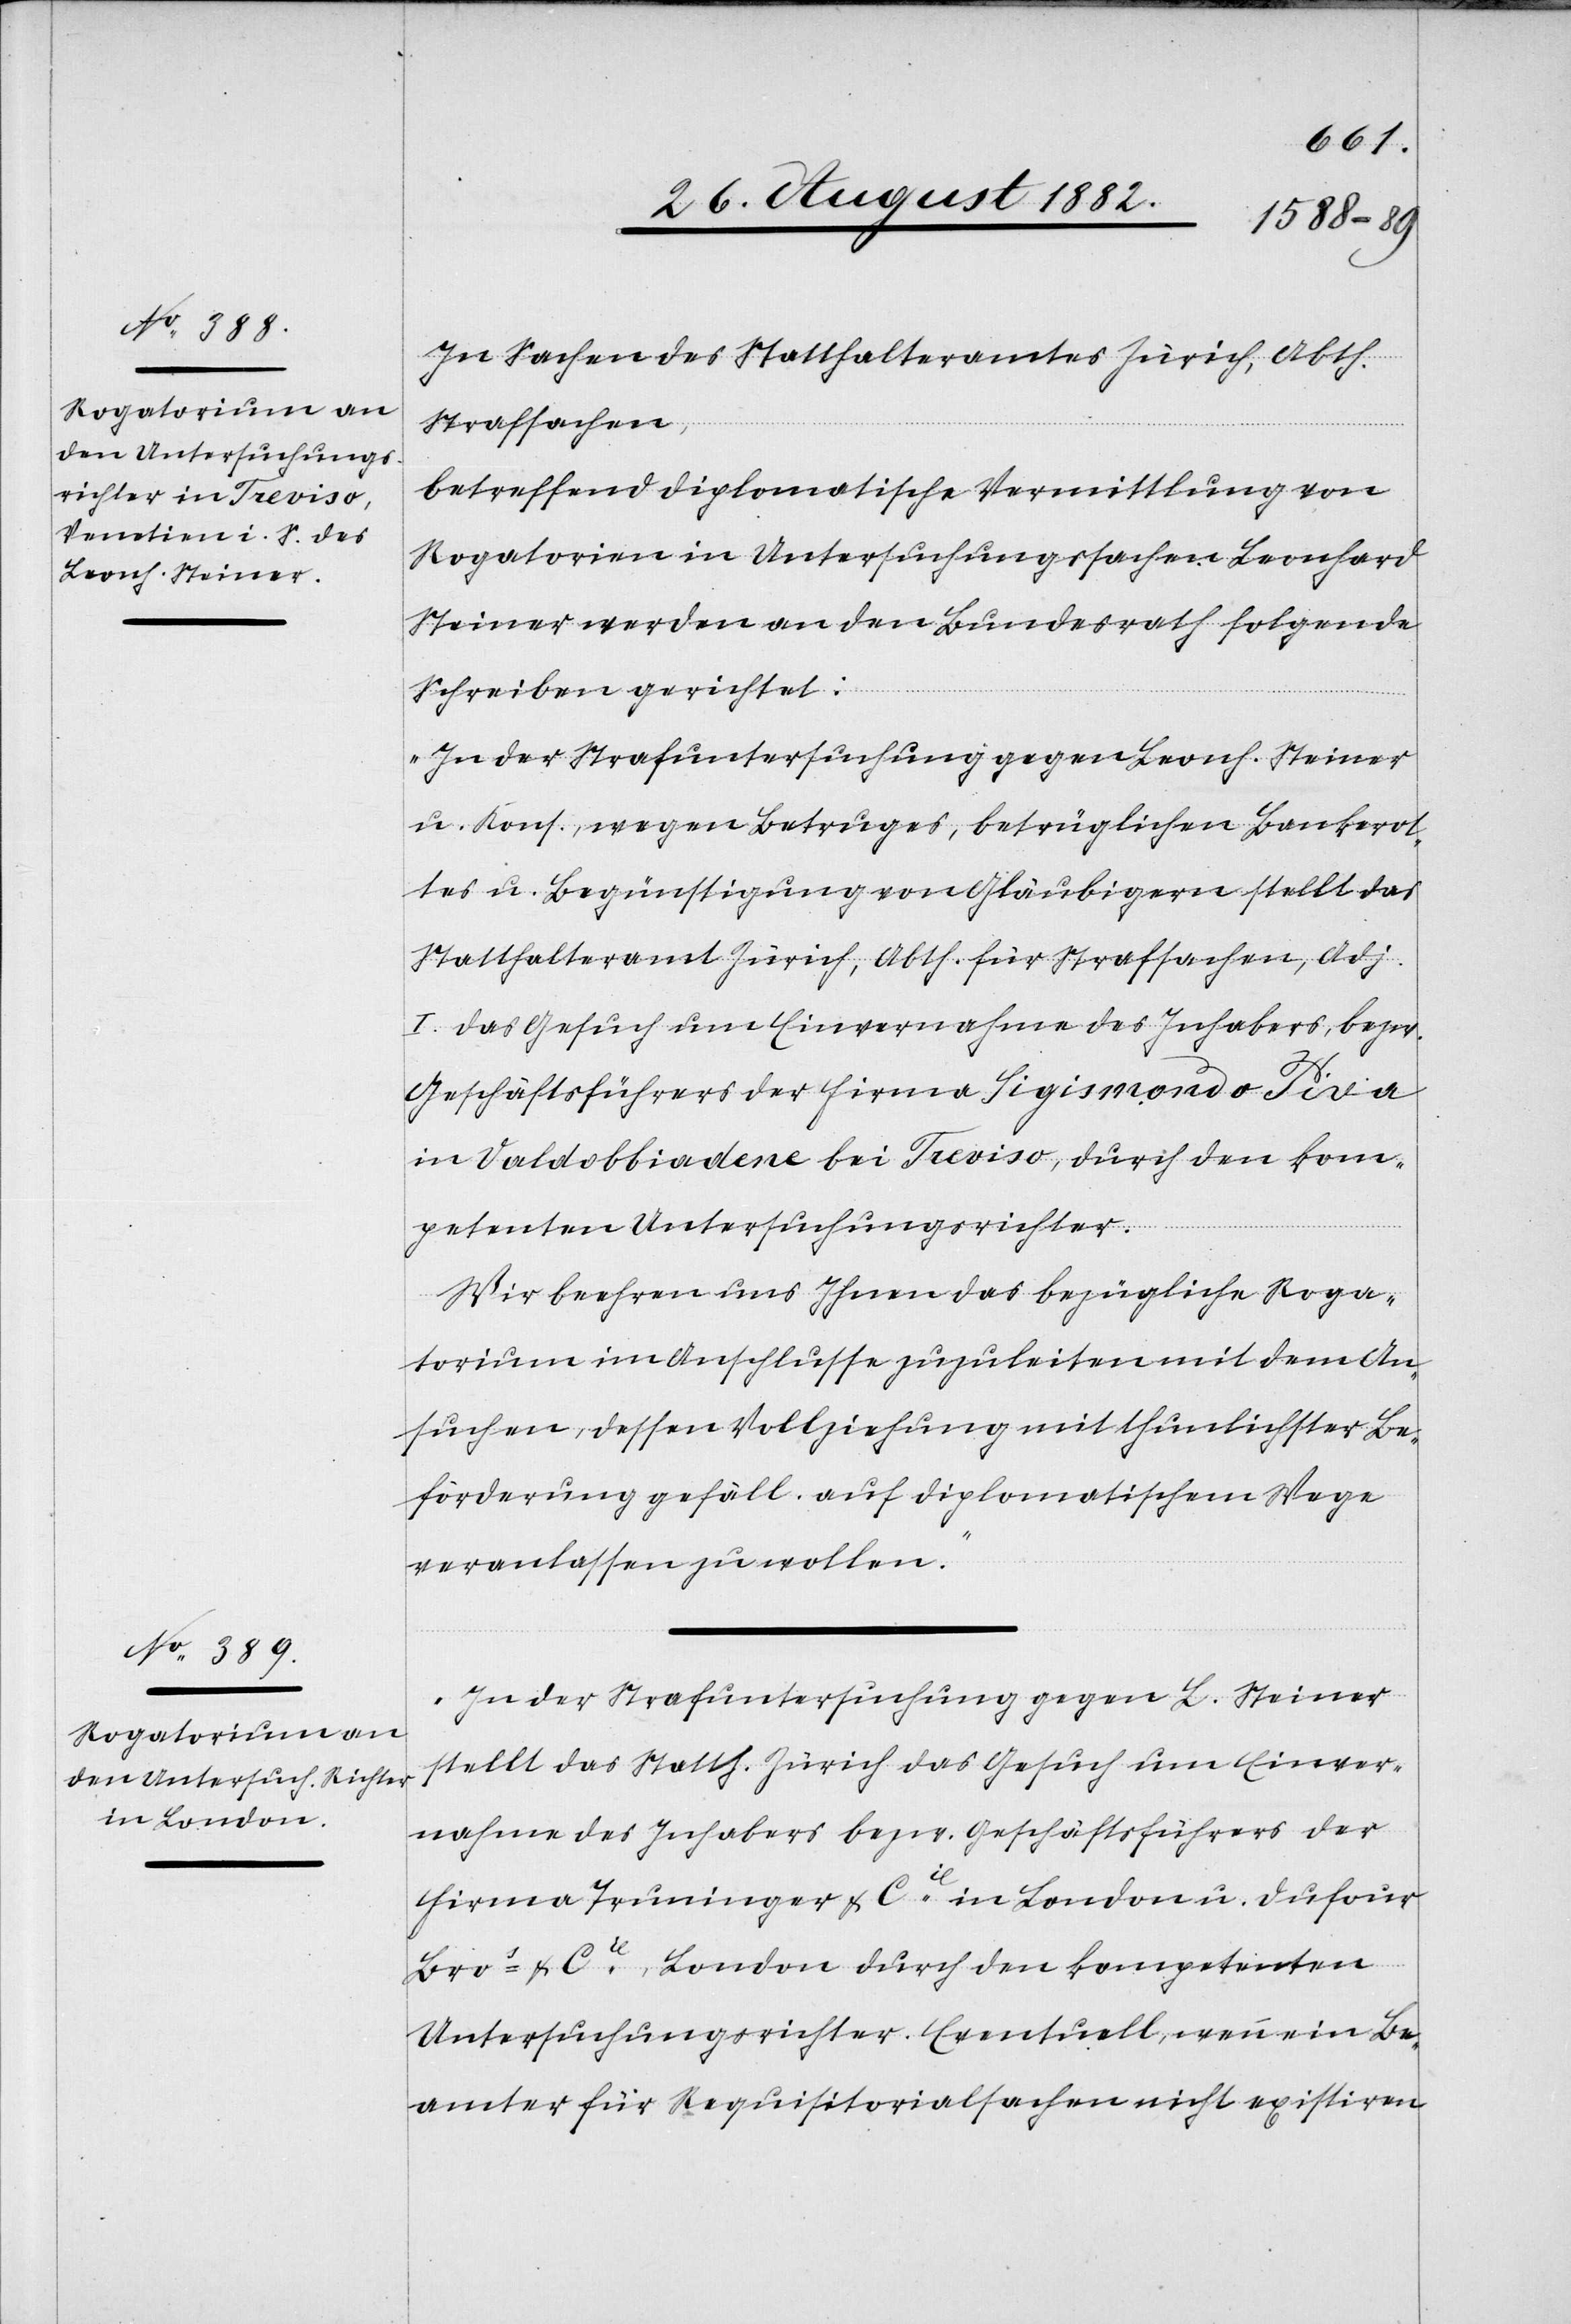
In Sachen des Statthalteramtes Zürich, Abth.
Strafsachen,
betreffend diplomatische Vermittlung von
Rogatorien in Untersuchungssachen Leonhard
Steiner werden an den Bundesrath folgende
Schreiben gerichtet:
„In der Strafuntersuchung gegen Leonh. Steiner
u. Kons., wegen Betruges, betrüglichen Bankerot¬
tes u. Begünstigung von Gläubigern stellt das
Statthalteramt Zürich, Abth. für Strafsachen, Adj.
I das Gesuch um Einvernahme des Inhabers, bezw.
Geschäftsführers der Firma Sigismondo Pida
in Valdobbiadene bei Treviso, durch den kom¬
petenten Untersuchungsrichter.
Wir beehren uns Ihnen das bezügliche Roga¬
torium im Anschlusse zuzuleiten mit dem An¬
suchen, dessen Vollziehung mit thunlichster Be¬
förderung gefäll. auf diplomatischem Wege
veranlassen zu wollen.“
In der Strafuntersuchung gegen L. Steiner
stellt das Statth. Zürich das Gesuch um Einver¬
nahme des Inhabers bezw. Geschäftsführers der
Firma Truninger & Cie in London u. Dufour
Bros & Cie, London durch den kompetenten
Untersuchungsrichter. Eventuell, wenn ein Be¬
amter für Requisitorialsachen nicht existiren